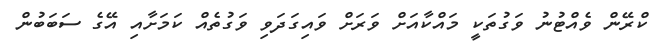
ކްރޭން ވެއްޓުނު ވަގުތަކީ މައްކާއަށް ވަރަށް ވައިގަދަވި ވަގުތެއް ކަމަށާއި އޭގެ ސަބަބުން